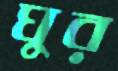
ঘুর